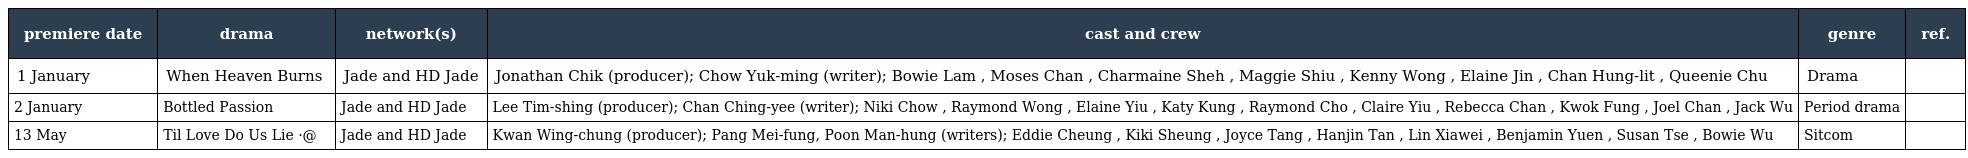
| premiere date | drama | network(s) | cast and crew | genre | ref. |
 | --- | --- | --- | --- | --- | --- |
 | 1 January | When Heaven Burns 天與地 | Jade and HD Jade | Jonathan Chik (producer); Chow Yuk-ming (writer); Bowie Lam , Moses Chan , Charmaine Sheh , Maggie Shiu , Kenny Wong , Elaine Jin , Chan Hung-lit , Queenie Chu | Drama |  |
 | 2 January | Bottled Passion 我的如意狼君 | Jade and HD Jade | Lee Tim-shing (producer); Chan Ching-yee (writer); Niki Chow , Raymond Wong , Elaine Yiu , Katy Kung , Raymond Cho , Claire Yiu , Rebecca Chan , Kwok Fung , Joel Chan , Jack Wu | Period drama |  |
 | 13 May | Til Love Do Us Lie 結·分@謊情式 | Jade and HD Jade | Kwan Wing-chung (producer); Pang Mei-fung, Poon Man-hung (writers); Eddie Cheung , Kiki Sheung , Joyce Tang , Hanjin Tan , Lin Xiawei , Benjamin Yuen , Susan Tse , Bowie Wu | Sitcom |  |